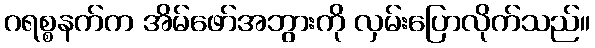
ဂရစ္စနက်က အိမ်ဖော်အဘွားကို လှမ်းပြောလိုက်သည်။